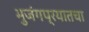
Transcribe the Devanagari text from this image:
भुजंगप्रयातचा